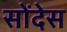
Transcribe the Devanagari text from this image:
सोंदेस